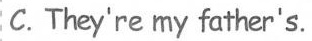
C.They're my father's.